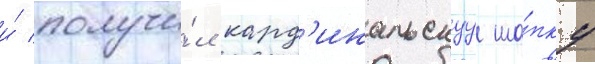
и́ получи́л кард'инальскуу ша́пку